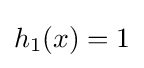
h_{1}(x)=1